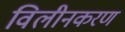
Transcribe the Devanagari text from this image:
विलीनकरण